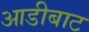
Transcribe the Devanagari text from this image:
आडीबाट